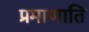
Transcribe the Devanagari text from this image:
प्रमाणाति